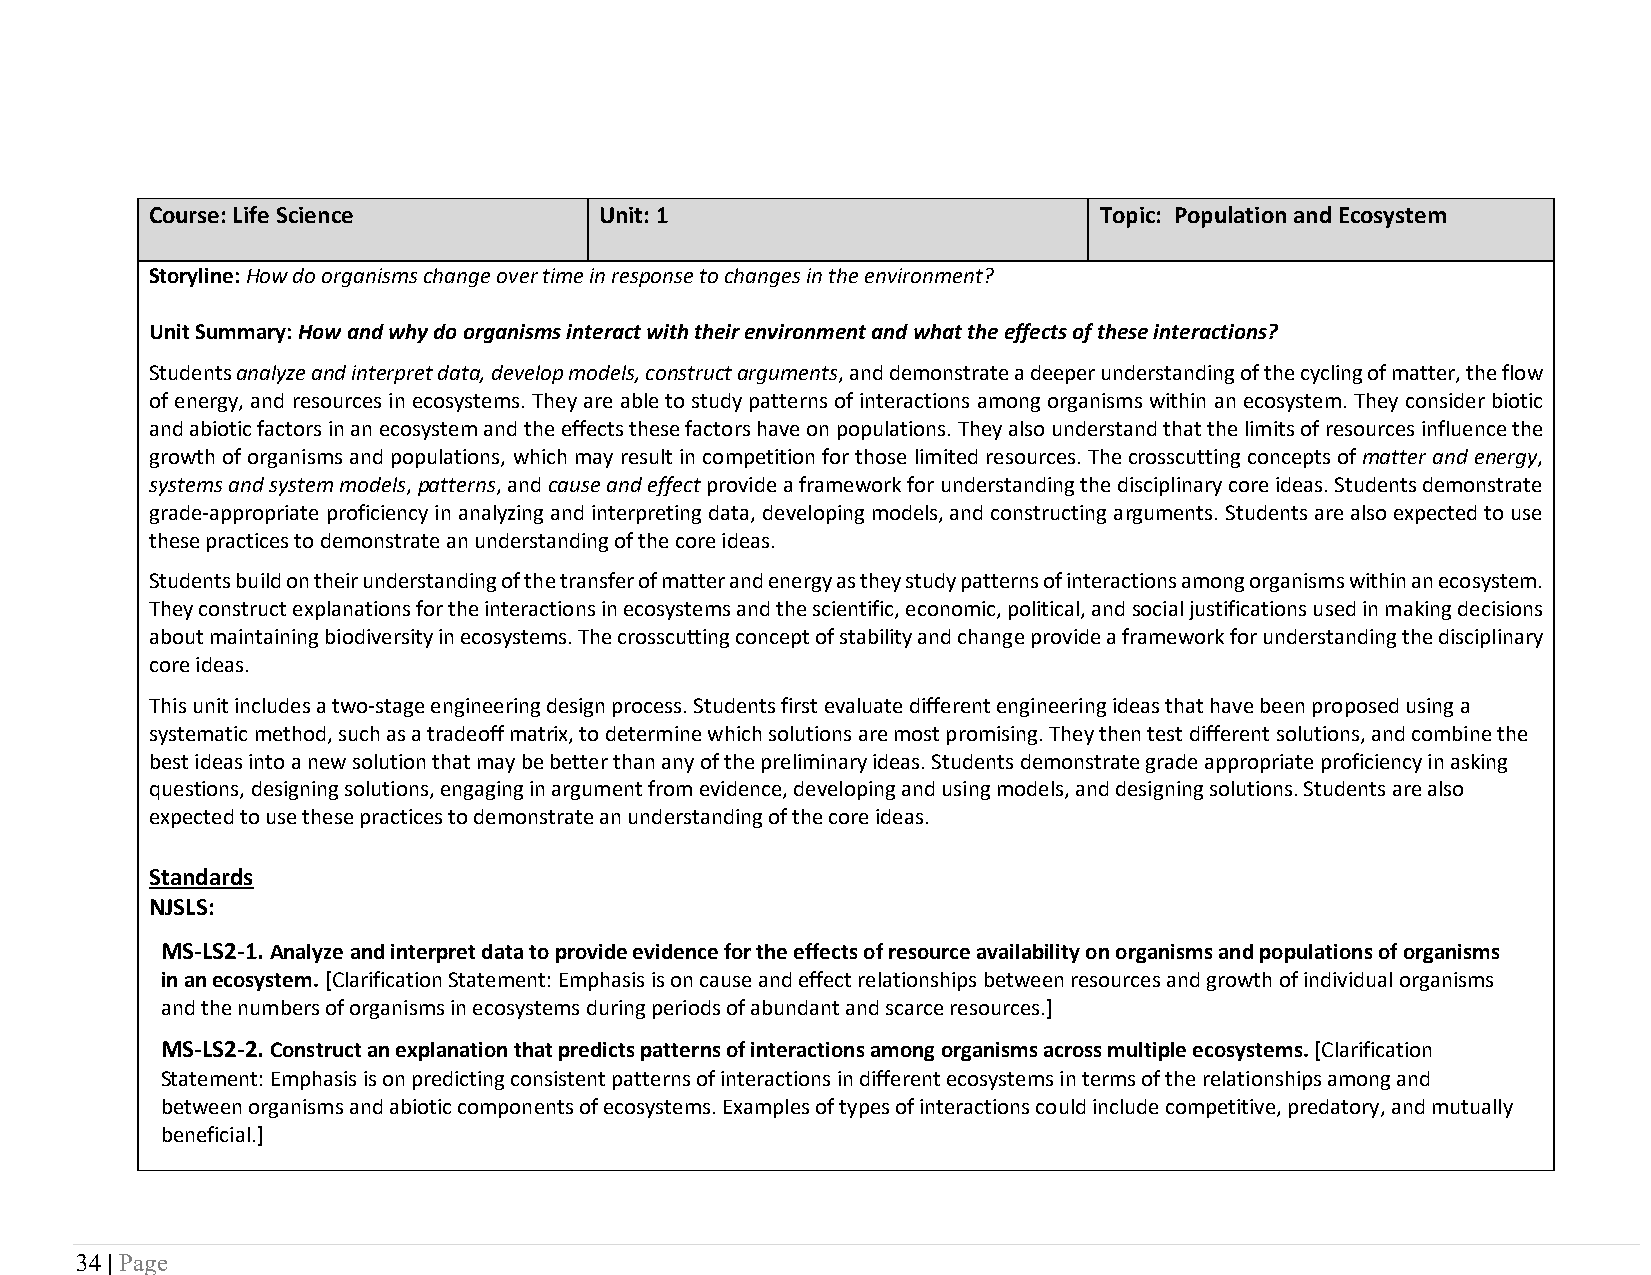
Course: Life Science          Unit: 1                          Topic: Population and Ecosystem
 Storyline: How do organisms change over time in response to changes in the environment?
 Unit Summary: How and why do organisms interact with their environment and what the effects of these interactions?
 Students analyze and interpret data, develop models, construct arguments, and demonstrate a deeper understanding of the cycling of matter, the flow
 of energy, and resources in ecosystems. They are able to study patterns of interactions among organisms within an ecosystem. They consider biotic
 and abiotic factors in an ecosystem and the effects these factors have on populations. They also understand that the limits of resources influence the
 growth of organisms and populations, which may result in competition for those limited resources. The crosscutting concepts of matter and energy,
 systems and system models, patterns, and cause and effect provide a framework for understanding the disciplinary core ideas. Students demonstrate
 grade-appropriate proficiency in analyzing and interpreting data, developing models, and constructing arguments. Students are also expected to use
 these practices to demonstrate an understanding of the core ideas.
 Students build on their understanding of the transfer of matter and energy as they study patterns of interactions among organisms within an ecosystem.
 They construct explanations for the interactions in ecosystems and the scientific, economic, political, and social justifications used in making decisions
 about maintaining biodiversity in ecosystems. The crosscutting concept of stability and change provide a framework for understanding the disciplinary
 core ideas.
 This unit includes a two-stage engineering design process. Students first evaluate different engineering ideas that have been proposed using a
 systematic method, such as a tradeoff matrix, to determine which solutions are most promising. They then test different solutions, and combine the
 best ideas into a new solution that may be better than any of the preliminary ideas. Students demonstrate grade appropriate proficiency in asking
 questions, designing solutions, engaging in argument from evidence, developing and using models, and designing solutions. Students are also
 expected to use these practices to demonstrate an understanding of the core ideas.
 Standards
 NJSLS:
 MS-LS2-1. Analyze and interpret data to provide evidence for the effects of resource availability on organisms and populations of organisms
 in an ecosystem. [Clarification Statement: Emphasis is on cause and effect relationships between resources and growth of individual organisms
 and the numbers of organisms in ecosystems during periods of abundant and scarce resources.]
 MS-LS2-2. Construct an explanation that predicts patterns of interactions among organisms across multiple ecosystems. [Clarification
 Statement: Emphasis is on predicting consistent patterns of interactions in different ecosystems in terms of the relationships among and
 between organisms and abiotic components of ecosystems. Examples of types of interactions could include competitive, predatory, and mutually
 beneficial.]
 34 | Page